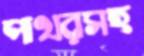
পাথরসহ